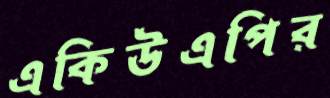
একিউএপির